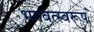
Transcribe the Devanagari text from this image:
भगवत्स्वरूप